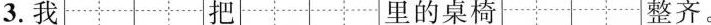
3.我 里的桌椅 整齐。